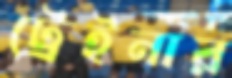
ট্রেইনার